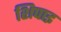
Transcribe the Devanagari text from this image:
शिपाइ